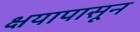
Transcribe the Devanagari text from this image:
क्षयापासून